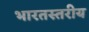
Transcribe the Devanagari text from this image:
भारतस्तरीय